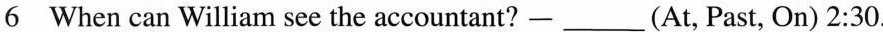
6 When can William see the accountant?一___（At, Past, On) 2:30.